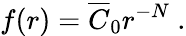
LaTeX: f(r)=\overline{{{C}}}_{0}r^{-N}\mathrm{~.}